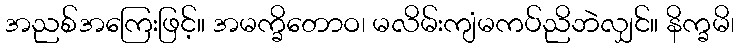
အညစ်အကြေးဖြင့်။ အမက္ခိတောဝ၊ မလိမ်းကျံမကပ်ညိဘဲလျှင်။ နိက္ခမိ၊